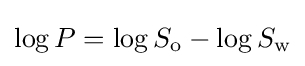
\log P=\log S_{\text{o}}-\log S_{\text{w}}